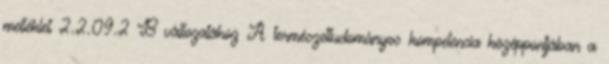
melléklet 2.2.09.2 B változatához A természettudományos kompetencia középpontjában a